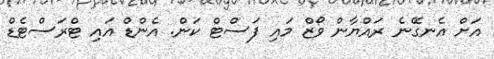
އަށް އެނގޭނެ ރައްޔާން ވޯޒް މައި ފަސްޓް ކަން. އެންޑް އައި ޓްރަސްޓެޑް